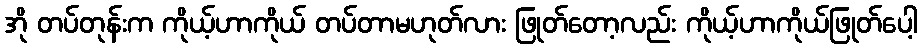
အို တပ်တုန်းက ကိုယ့်ဟာကိုယ် တပ်တာမဟုတ်လား ဖြုတ်တော့လည်း ကိုယ့်ဟာကိုယ်ဖြုတ်ပေါ့